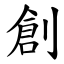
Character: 創